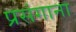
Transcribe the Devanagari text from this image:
प्रसंगाना